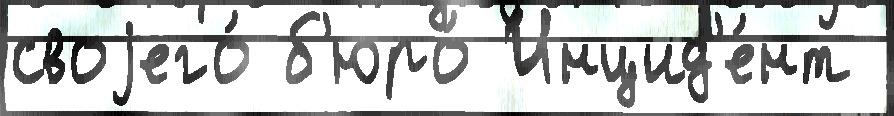
своjего́ б'юро́ Инцид'е́нт